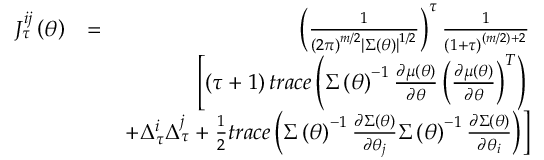
\begin{array} { r l r } { J _ { \tau } ^ { i j } \left( \boldsymbol { \theta } \right) } & { = } & { \left( \frac { 1 } { \left( 2 \pi \right) ^ { m / 2 } \left\vert \boldsymbol { \Sigma } \left( \boldsymbol { \theta } \right) \right\vert ^ { 1 / 2 } } \right) ^ { \tau } \frac { 1 } { \left( 1 + \tau \right) ^ { ( m / 2 ) + 2 } } } \\ & { } & { \left[ \left( \tau + 1 \right) t r a c e \left( \boldsymbol { \Sigma } \left( \boldsymbol { \theta } \right) ^ { - 1 } \frac { \partial \boldsymbol { \mu } \left( \boldsymbol { \theta } \right) } { \partial \boldsymbol { \theta } } \left( \frac { \partial \boldsymbol { \mu } \left( \boldsymbol { \theta } \right) } { \partial \boldsymbol { \theta } } \right) ^ { T } \right) \right. } \\ & { } & { \left. + \Delta _ { \tau } ^ { i } \Delta _ { \tau } ^ { j } + \frac { 1 } { 2 } t r a c e \left( \boldsymbol { \Sigma } \left( \boldsymbol { \theta } \right) ^ { - 1 } \frac { \partial \boldsymbol { \Sigma } \left( \boldsymbol { \theta } \right) } { \partial \theta _ { j } } \boldsymbol { \Sigma } \left( \boldsymbol { \theta } \right) ^ { - 1 } \frac { \partial \boldsymbol { \Sigma } \left( \boldsymbol { \theta } \right) } { \partial \theta _ { i } } \right) \right] } \end{array}